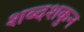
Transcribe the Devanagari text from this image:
शब्दशकुन